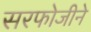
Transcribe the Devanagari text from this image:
सरफोजीने